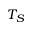
T _ { S }